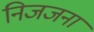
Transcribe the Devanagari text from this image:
निजजना